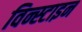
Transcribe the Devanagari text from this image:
विन्स्टाइन